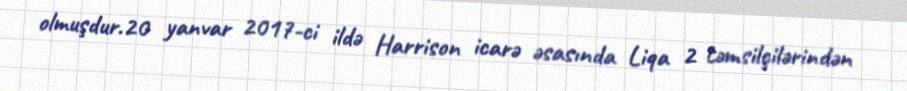
olmuşdur.20 yanvar 2017-ci ildə Harrison icarə əsasında Liqa 2 təmsilçilərindən